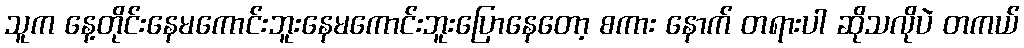
သူက နေ့တိုင်းနေမကောင်းဘူးနေမကောင်းဘူးပြောနေတော့ စကား နောက် တရားပါ ဆိုသလိုပဲ တကယ်